Investigations on Bengal jail dietaries - Number 37
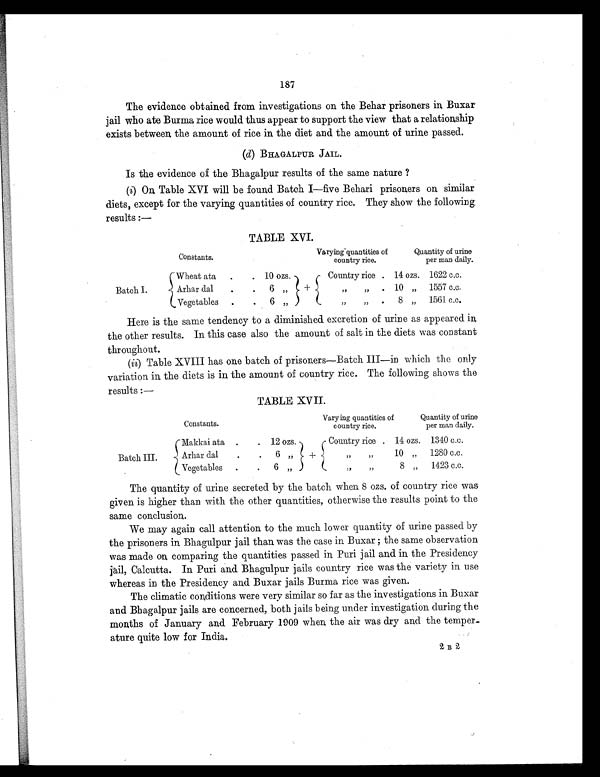
187
The evidence obtained from investigations on the Behar prisoners in Buxar
jail who ate Burma rice would thus appear to support the view that a relationship
exists between the amount of rice in the diet and the amount of urine passed.
(d) BHAGALPUR JAIL.
Is the evidence of the Bhagalpur results of the same nature ?
(i) On Table XVI will be found Batch I—five Behari prisoners on similar
diets, except for the varying quantities of country rice. They show the following
results:—
TABLE XVI.
Constants.
Varying quantities of
country rice.
Quantity of urine
per man daily.
Batch I.
Wheat ata
.
. 10 ozs.
Country rice . 14 ozs. 1622 c.c.
Arhar dal
.
.
6 „
+
„ „
. 10 „
1557 c.c.
Vegetables
.
.
6 „
„ „
.
8 „
1561 c.c.
Here is the same tendency to a diminished excretion of urine as appeared in
the other results. In this case also the amount of salt in the diets was constant
throughout.
(ii) Table XVIII has one batch of prisoners—Batch III—in which the only
variation in the diets is in the amount of country rice. The following shows the
results:—
TABLE XVII.
Constants.
Varying quantities of
country rice.
Quantity of urine
per man daily.
Batch III.
Makkai ata .
. 12 ozs.
Country rice . 14 ozs. 1340 c.c.
Arhar dal
.
.
6 „
+
„ „ 10
„ 1280 c.c.
Vegetables
.
.
6
„
„ „
8 „
1423 c.c.
The quantity of urine secreted by the batch when 8 ozs. of country rice was
given is higher than with the other quantities, otherwise the results point to the
same conclusion.
We may again call attention to the much lower quantity of urine passed by
the prisoners in Bhagulpur jail than was the case in Buxar ; the same observation
was made on comparing the quantities passed in Puri jail and in the Presidency
jail, Calcutta. In Puri and Bhagulpur jails country rice was the variety in use
whereas in the Presidency and Buxar jails Burma rice was given.
The climatic conditions were very similar so far as the investigations in Buxar
and Bhagalpur jails are concerned, both jails being under investigation during the
months of January and February 1909 when the air was dry and the temper-
ature quite low for India.
2 B 2